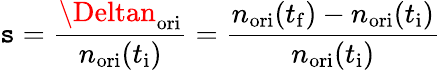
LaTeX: \mathtt{s}=\frac{{\Deltan_{\mathrm{{ori}}}}}{{n_{\mathrm{{ori}}}(t_{\mathrm{{i}}})}}=\frac{{n_{\mathrm{{ori}}}(t_{\mathrm{{f}}})-n_{\mathrm{{ori}}}(t_{\mathrm{{i}}})}}{{n_{\mathrm{{ori}}}(t_{\mathrm{{i}}})}}